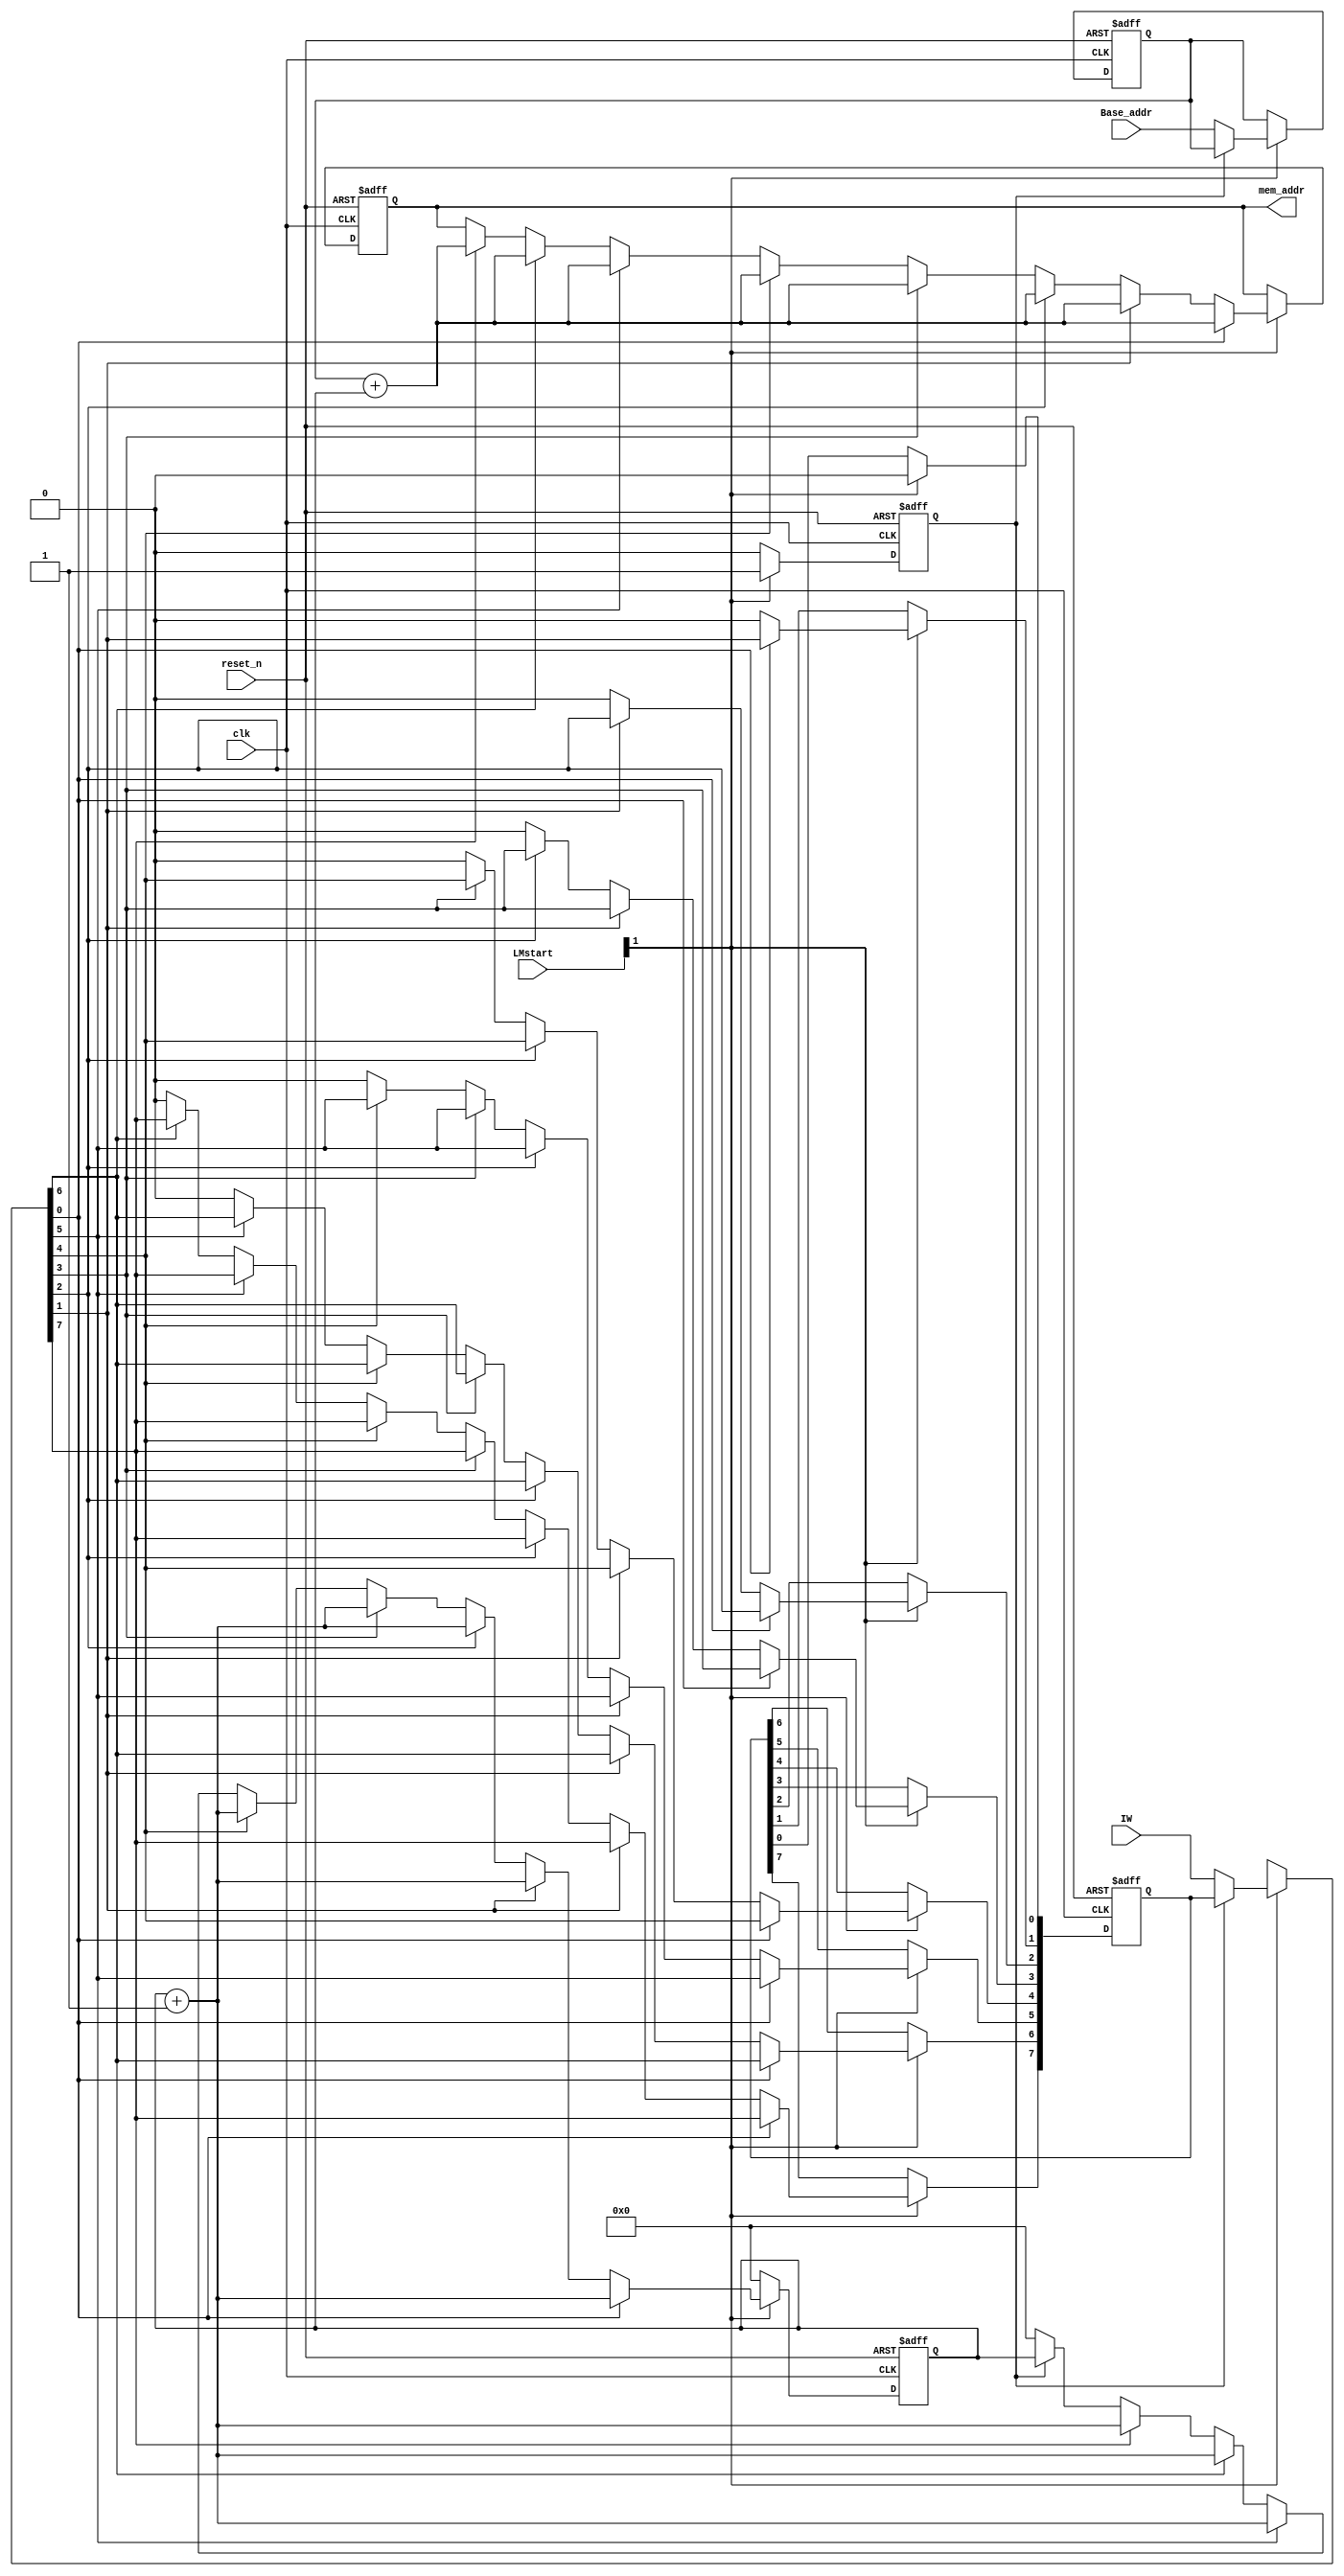
module M_inst_addr_GEN (clk,LMstart,Base_addr,mem_addr,reset_n,IW);
//ports
	input clk;
	input [1:0] LMstart;
	input [15:0] Base_addr;
	output reg [15:0] mem_addr;
	input reset_n;
	input [7:0]IW;
//necessay const and addition
	reg [15:0] BASE;
	reg [15:0] index;
	reg check;
	reg [7:0] Encoded;
	
//selection

	always @ (negedge(clk),negedge(reset_n))
		begin
		if(reset_n==1'b0)
			begin
			BASE=16'h0000;
			mem_addr=16'hzzzz;
			check=1'b0;
			index<=16'h0000;
			Encoded=8'h00;
			end
		else if(LMstart[1]==1'b1)
			begin
			if(check==1'b0)
				begin
				check=1'b1;
				BASE<=Base_addr;
				index<=16'h0000;	
				Encoded=IW[7:0];
				end
			if(Encoded[0]==1'b1)
				begin
				Encoded[0]<=1'b0;
			mem_addr=BASE + index;
			index<=index + 16'h0001;
				end
			else if(Encoded[1]==1'b1)
				begin
				Encoded[1]<=1'b0;
			mem_addr=BASE + index;
			index<=index + 16'h0001;
				end
			else if(Encoded[2]==1'b1)
				begin
				Encoded[2]<=1'b0;
			mem_addr=BASE + index;
			index<=index + 16'h0001;
				end
			else if(Encoded[3]==1'b1)
				begin
				Encoded[3]<=1'b0;
			mem_addr=BASE + index;
			index<=index + 16'h0001;
				end
			else if(Encoded[4]==1'b1)
				begin
				Encoded[4]<=1'b0;
			mem_addr=BASE + index;
			index<=index + 16'h0001;
				end
			else if(Encoded[5]==1'b1)
				begin
				Encoded[5]<=1'b0;
			mem_addr=BASE + index;
			index<=index + 16'h0001;
				end
			else if(Encoded[6]==1'b1)
				begin
				Encoded[6]<=1'b0;
			mem_addr=BASE + index;
			index<=index + 16'h0001;
				end
			else if(Encoded[7]==1'b1)
				begin
				Encoded[7]<=1'b0;
			mem_addr=BASE + index;
			index<=index + 16'h0001;
				end
			end
		else
			begin
			check=1'b0;
			index<=16'h0000;
			end
		end
	
endmodule